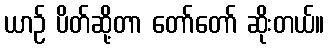
ယာဉ် ပိတ်ဆို့တာ တော်တော် ဆိုးတယ်။